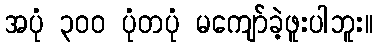
အပုံ ၃၀၀ ပုံတပုံ မကျော်ခဲ့ဖူးပါဘူး။